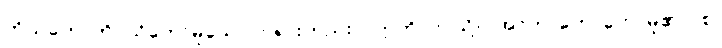
ကိုယ်တော်တိုင်သိတော်မူသော ဘုရားတည်း။” ဣတိ၊ ဤသို့။ (အာဟ၊ ဟောတော်မူ၏။) စ၊